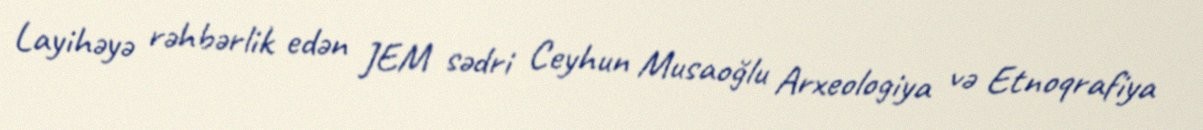
Layihəyə rəhbərlik edən JEM sədri Ceyhun Musaoğlu Arxeologiya və Etnoqrafiya